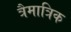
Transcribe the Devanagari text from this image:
त्रैमात्रिक